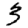
Digit: 3